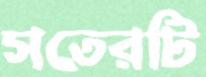
সতেরটি